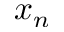
x _ { n }